Vaccination United Provinces of Agra and Oudh 1902-1913 - 1902-1913
Year: 1902
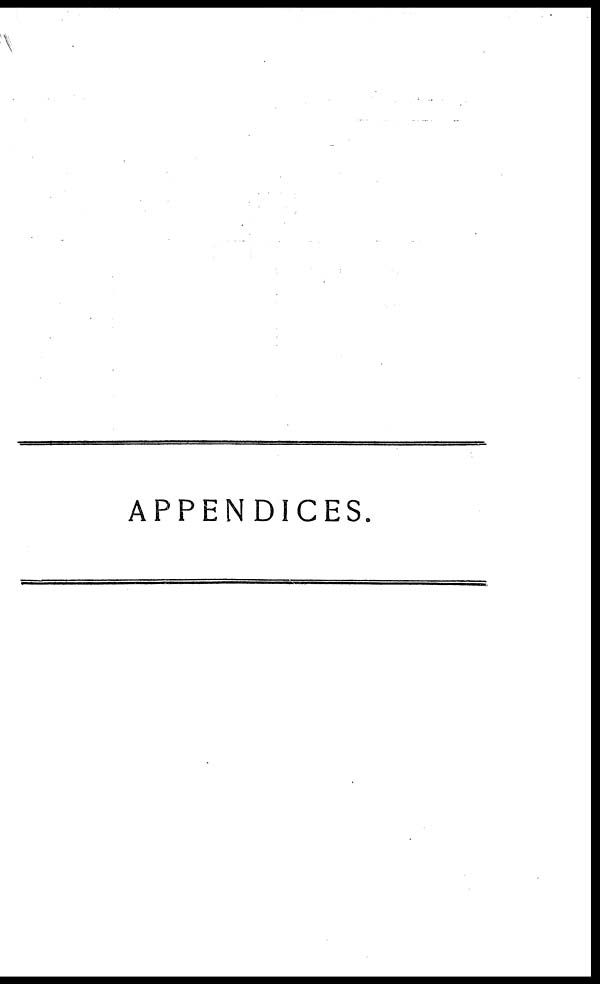
APPENDICES.